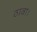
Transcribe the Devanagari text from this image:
ठावा।